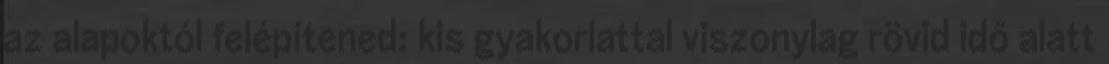
az alapoktól felépítened: kis gyakorlattal viszonylag rövid idő alatt